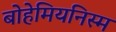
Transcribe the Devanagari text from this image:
बोहेमियनिस्म